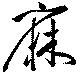
麻